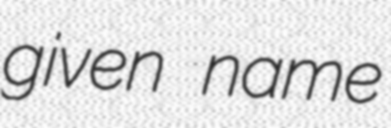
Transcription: given name